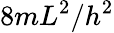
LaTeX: {8m}{L^{2}}/h^{2}